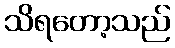
သိရတော့သည်